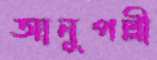
আনুপল্লী